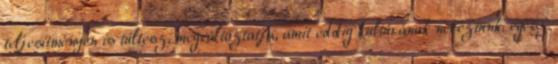
teljesítményen is túltesz, meg­­változtatja, amit eddig kultúrának neveztünk: egész